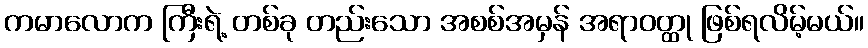
ကမာလောက ကြီးရဲ့ တစ်ခု တည်းသော အစစ်အမှန် အရာဝတ္ထု ဖြစ်ရလိမ့်မယ်။